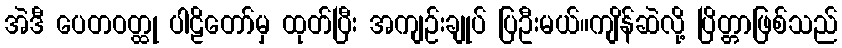
အဲဒီ ပေတဝတ္ထု ပါဠိတော်မှ ထုတ်ပြီး အကျဉ်းချုပ် ပြဦးမယ်။ကျိန်ဆဲလို့ ပြိတ္တာဖြစ်သည်